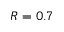
R = 0 . 7